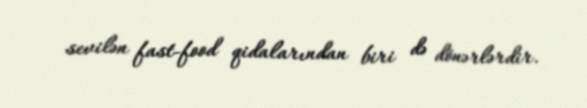
sevilən fast-food qidalarından biri də dönərlərdir.